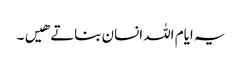
یہ ایام اللہ انسان بناتے هیں۔